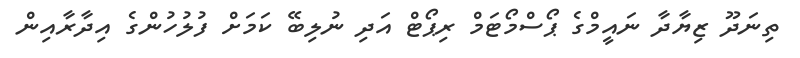
ތިނަދޫ ޒިޔާދާ ނައީމްގެ ޕޯސްމޯޓަމް ރިޕޯޓް އަދި ނުލިބޭ ކަމަށް ފުލުހުންގެ އިދާރާއިން